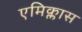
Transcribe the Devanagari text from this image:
एमिक्लास